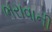
ભરાવાની